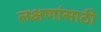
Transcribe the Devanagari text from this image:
लक्षणांसाठी